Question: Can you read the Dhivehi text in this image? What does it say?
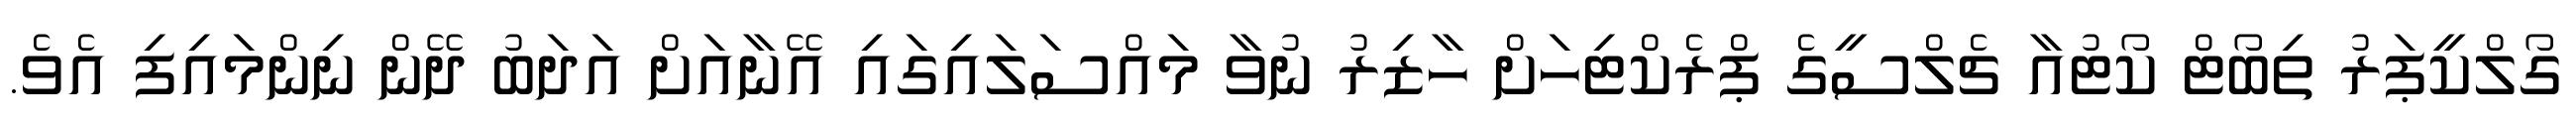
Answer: ގޯލްކީޕަރު ތިބޯޓް ކޯޓުއާ ޗެލްސީގެ ޕްރެކްޓިހަށް ހާޒިރު ނުވާ މައްސަލައިގައި އޭނާއަށް އަދަބު ދޭން ނިންމައިފި އެވެ.